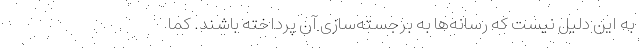
به این دلیل نیست که رسانه‌ها به برجسته‌سازی آن پرداخته باشند. کما